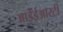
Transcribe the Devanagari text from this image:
आईईआरटी